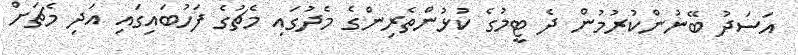
އަސަދު ބޭނުންކުރުމުން ދެ ޓީމުގެ ކުޅުންތެރިންގެ މެދުގައި މެޗުގެ ފަހުބައިގައި އަދި މެޗަށް